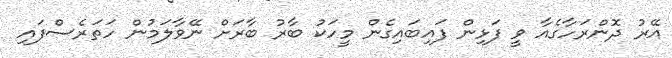
އޭރު ދޮންރަހާގެއާ ވީ ފަޅިން ފައިބައިގެން މީހަކު ބާރު ބާރަށް ނޭވާލަމުން ހަތަރެސްފައި